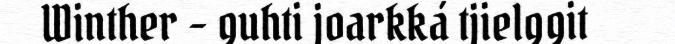
Winther – guhti joarkká tjielggit